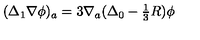
( \Delta _ { 1 } \nabla \phi ) _ { a } = 3 \nabla _ { a } ( \Delta _ { 0 } - { \textstyle \frac { 1 } { 3 } } R ) \phi